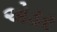
એડર